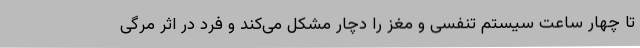
تا چهار ساعت سیستم تنفسی و مغز را دچار مشکل می‌کند و فرد در اثر مرگی